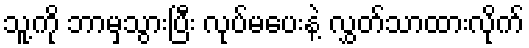
သူ့ကို ဘာမှသွားပြီး လုပ်မပေးနဲ့ လွှတ်သာထားလိုက်